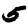
Digit: 5